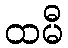
ထမီ